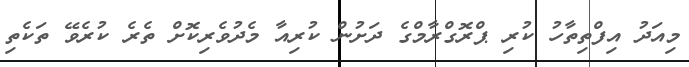
މިއަދު އިފްތިތާހު ކުރި ޕްރޮގްރާމްގެ ދަށުން ކުރިއާ މެދުވެރިކޮށް ތެރެ ކުރެވޭ ތަކެތި